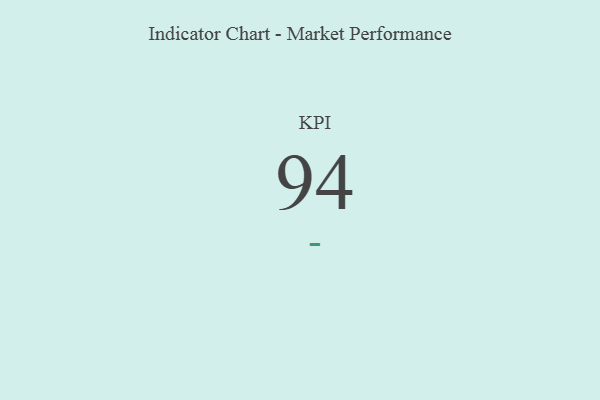
{"axis": {"x": "KPI", "y": "Value"}, "legend": [""], "data": [{"x": "KPI", "y": 94, "type": ""}]}